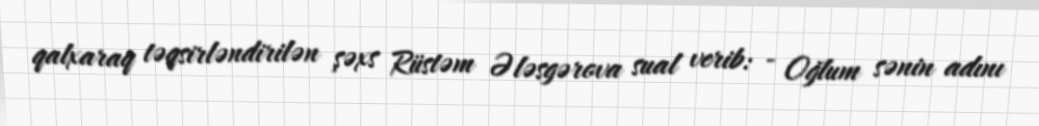
qalxaraq təqsirləndirilən şəxs Rüstəm Ələsgərova sual verib: - Oğlum sənin adını